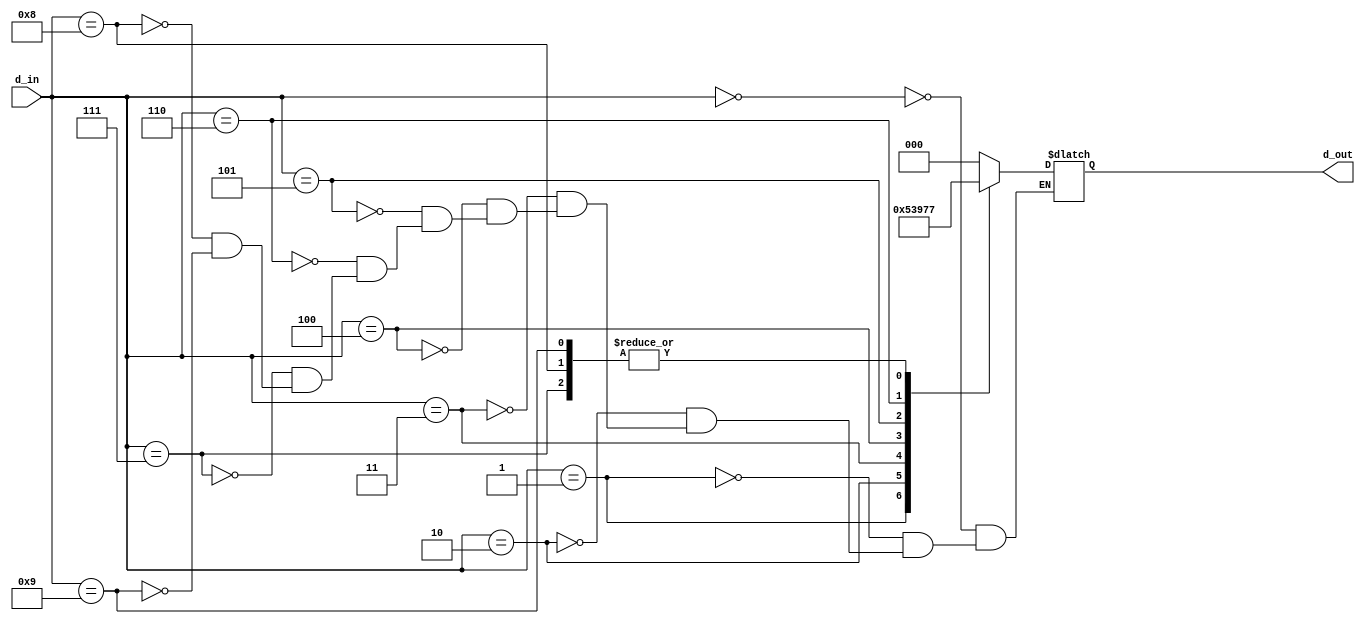
module decimal_priority_encoder(
    input [3:0] d_in,
    output reg [2:0] d_out
);

always @ (*) begin
    case(d_in)
        4'd0: d_out = 3'b000;
        4'd1: d_out = 3'b001;
        4'd2: d_out = 3'b010;
        4'd3: d_out = 3'b011;
        4'd4: d_out = 3'b100;
        4'd5: d_out = 3'b101;
        4'd6: d_out = 3'b110;
        4'd7: d_out = 3'b111;
        4'd8: d_out = 3'b111; // priority goes to "8"
        4'd9: d_out = 3'b111; // priority goes to "9"
    endcase
end

endmodule